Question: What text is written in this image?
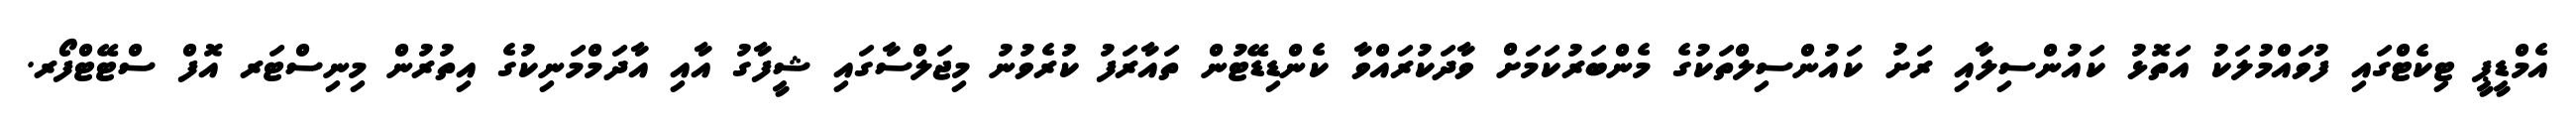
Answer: އެމްޑީޕީ ޓިކެޓްގައި ފުވައްމުލަކު އަތޮޅު ކައުންސިލާއި ރަށު ކައުންސިލްތަކުގެ މެންބަރުކަމަށް ވާދަކުރައްވާ ކެންޑިޑޭޓުން ތައާރަފު ކުރެވުނު މިޖަލްސާގައި ޝީފާގު އާއި އާދަމްމަނިކުގެ އިތުރުން މިނިސްޓަރ އޮފް ސްޓޭޓްފޯރ.